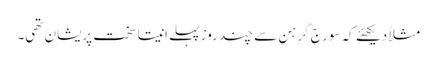
مثلاً دیکھئے کہ سورج گرہن سے چند روز پہلے انیتا سخت پریشان تھی۔